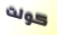
كولت